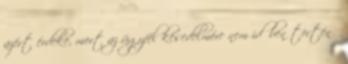
azért érdeke, mert az ügyfél késedelmére nem időben történő